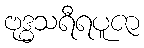
ဗုဒ္ဓသရီရပူဇာ